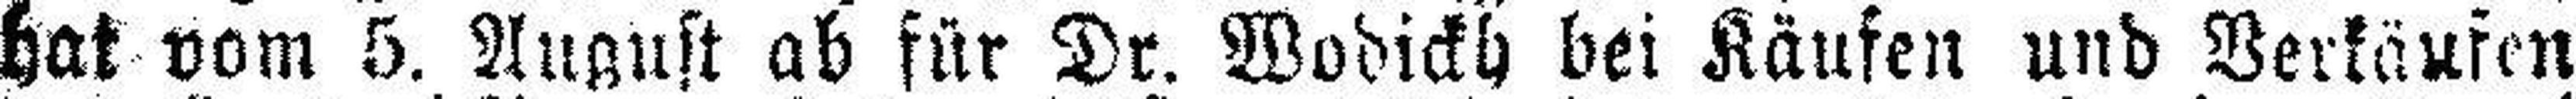
hat vom 5. August ab für Dr. Wodickh bei Käufen und Verläufen